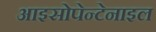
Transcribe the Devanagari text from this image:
आइसोपेन्टेनाइल